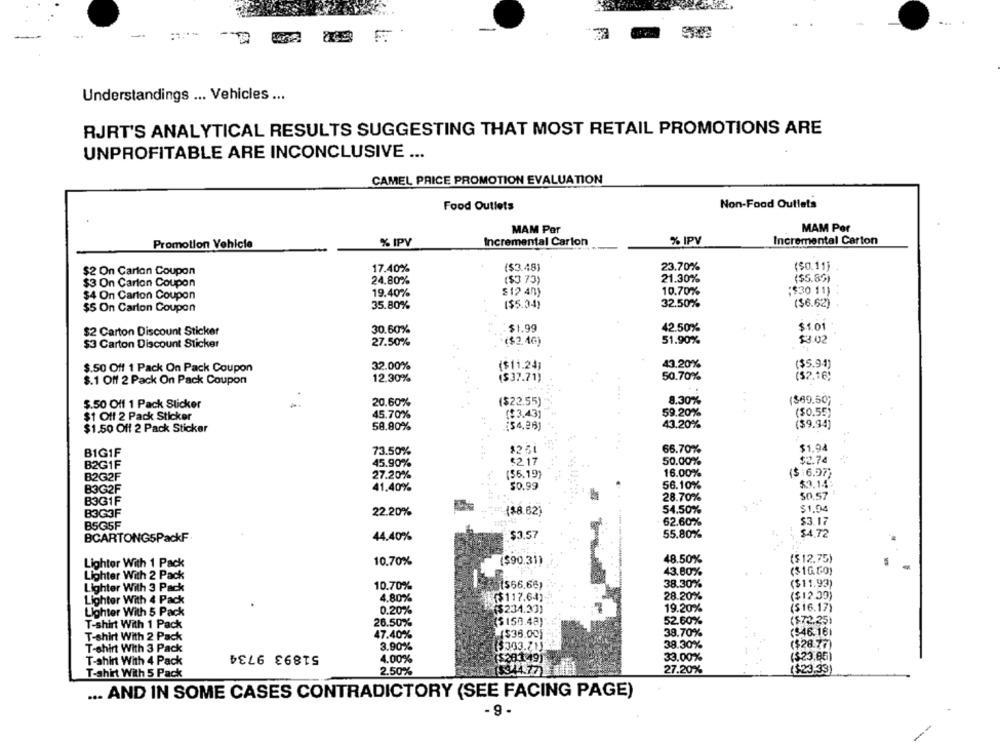
Understandings ... Vehicles ...
RJRT'S ANALYTICAL RESULTS SUGGESTING THAT MOST RETAIL PROMOTIONS ARE
UNPROFITABLE ARE INCONCLUSIVE ...
CAMEL PRICE PROMOTION EVALUATION
Food Outlets
Non-Food Outlets
MAM Per
MAM Per
Promotion Vehicle
% IPV
Incremental Carton
% IPV
Incremental Carton
17.40%
($3.48)
23.70%
($0.11]
$2 On Carton Coupon
$3 On Carton Coupon
24.80%
($3 73)
21.30%
($5.85)
$4 On Carton Coupon
19.40%
$12.40)
10.70%
;$30 11)
35.80%
($5.34)
32.50%
($6.62)
$5 On Carton Coupon
42.50%
$1.01
$2 Carton Discount Sticker
30.60%
$1.99
27.50%
($2,46)
51.90%
$3.02
$3 Carton Discount Sticker
43.20%
$.50 Off 1 Pack On Pack Coupon
32.00%
($11.24]
($5.94)
12.30%
($37.71)
50.70%
($2.16)
$.1 Off 2 Pack On Pack Coupon
8.30%
($69.50;
$.50 Off 1 Pack Sticker
20.60%
($22.55)
$1 Off 2 Pack Sticker
45.70%
($3.43]
59.20%
($0.55)
43.20%
($9.94]
$1.50 Off 2 Pack Sticker
58.80%
[54.86]
BIG1F
73.50%
66.70%
$1.94
$2.17
50.00%
$2.74
B2G1F
45.90%
27.20%
($6.19)
16.00%
($ 16.97)
B2G2F
$3.14
B3G2F
41.40%
$0.99
56.10%
28.70%
50.57
B3G1F
B3G3F
22.20%
($8.62)
54.50%
$1,04
BSG5F
62.60%
$3.17
55.80%
$4. 72
BCARTONGSPackF
44.40%
@ $3.57
Lighter With 1 Pack
10.70%
($90.31)
48.50%
($12,75)
43.80%
($16.00)
Lighter With 2 Pack
10.70%
($66.66)
38.30%
($11.93)
Lighter With 3 Pack
Lighter With 4 Pack
4.80%
($117.64)
28.20%
($12.39)
($234.33)
19.20%
($16.17)
Lighter With 5 Pack
0.20%
26.50%
($150.48)"
52.60%
(572.25)
T-shirt With 1 Pack
T-shirt With 2 Pack
47.40%
($36.00)
38.70%
($46.161
3.90%
38.30%
($28.77)
T-shirt With 3 Pack
51893 9734
(3363.21)
T-shirt With 4 Pack
4.00%
$28.1.49)
33.00%
($23,85)
T-shirt With 5 Pack
2.50%
27.20%
($23.33)
... AND IN SOME CASES CONTRADICTORY (SEE FACING PAGE)
- 9-